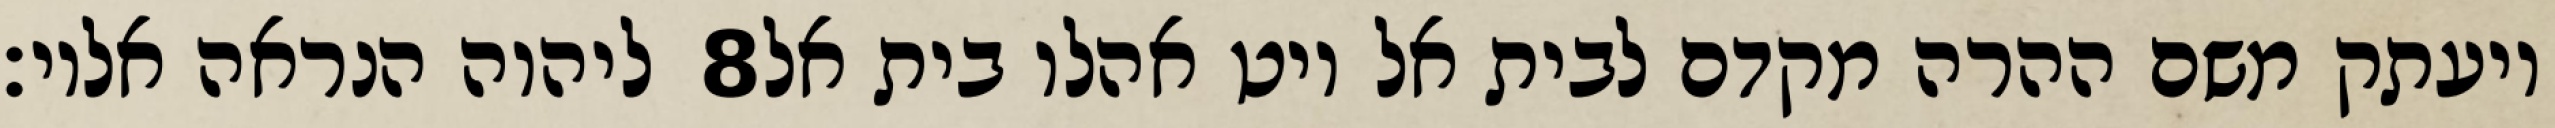
ליהוה הנראה אליו׃ ‎8‏ ויעתק משם ההרה מקדם לבית אל ויט אהלו בית אל